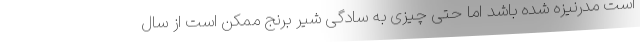
است مدرنیزه شده باشد اما حتی چیزی به سادگی شیر برنج ممکن است از سال